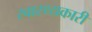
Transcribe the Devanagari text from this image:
स्वास्थ्यकारी